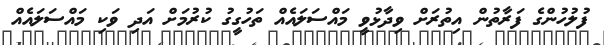
ފުލުހުންގެ ފަރާތުން އިތުރަށް ވިދާޅުވީ މައްސަލައެއް ތަހުގީގު ކުރުމަށް އަދި ވަކި މައްސަލައެއް